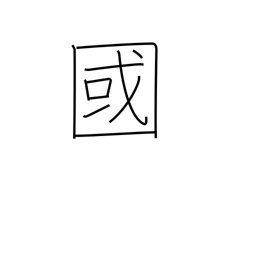
Meaning: country